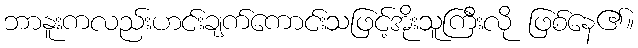
ဘာနူးကလည်းဟင်းချက်ကောင်းသဖြင့်အိုးသူကြီးလို ဖြစ်နေ၏။